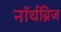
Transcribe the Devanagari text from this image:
नॉर्थब्रिज